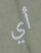
أي